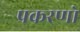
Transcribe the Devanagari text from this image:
प्रकरणो